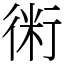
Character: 𧗱